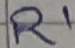
Text: R1